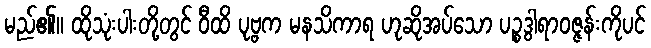
မည်၏။ ထိုသုံးပါးတို့တွင် ဝီထိ ပုဗ္ဗက မနသိကာရ ဟုဆိုအပ်သော ပဉ္စဒွါရာဝဇ္ဇန်းကိုပင်